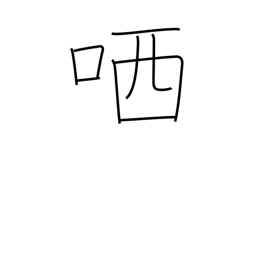
Meaning: sneer